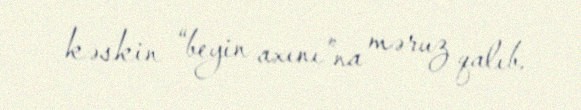
kəskin “beyin axını”na məruz qalıb.